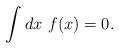
LaTeX: \begin{align*}\int dx ~f(x) = 0.\end{align*}